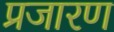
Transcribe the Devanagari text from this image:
प्रजारण